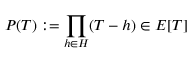
P ( T ) : = \prod _ { h \in H } ( T - h ) \in E [ T ]